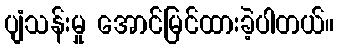
ပျံသန်းမှု အောင်မြင်ထားခဲ့ပါတယ်။